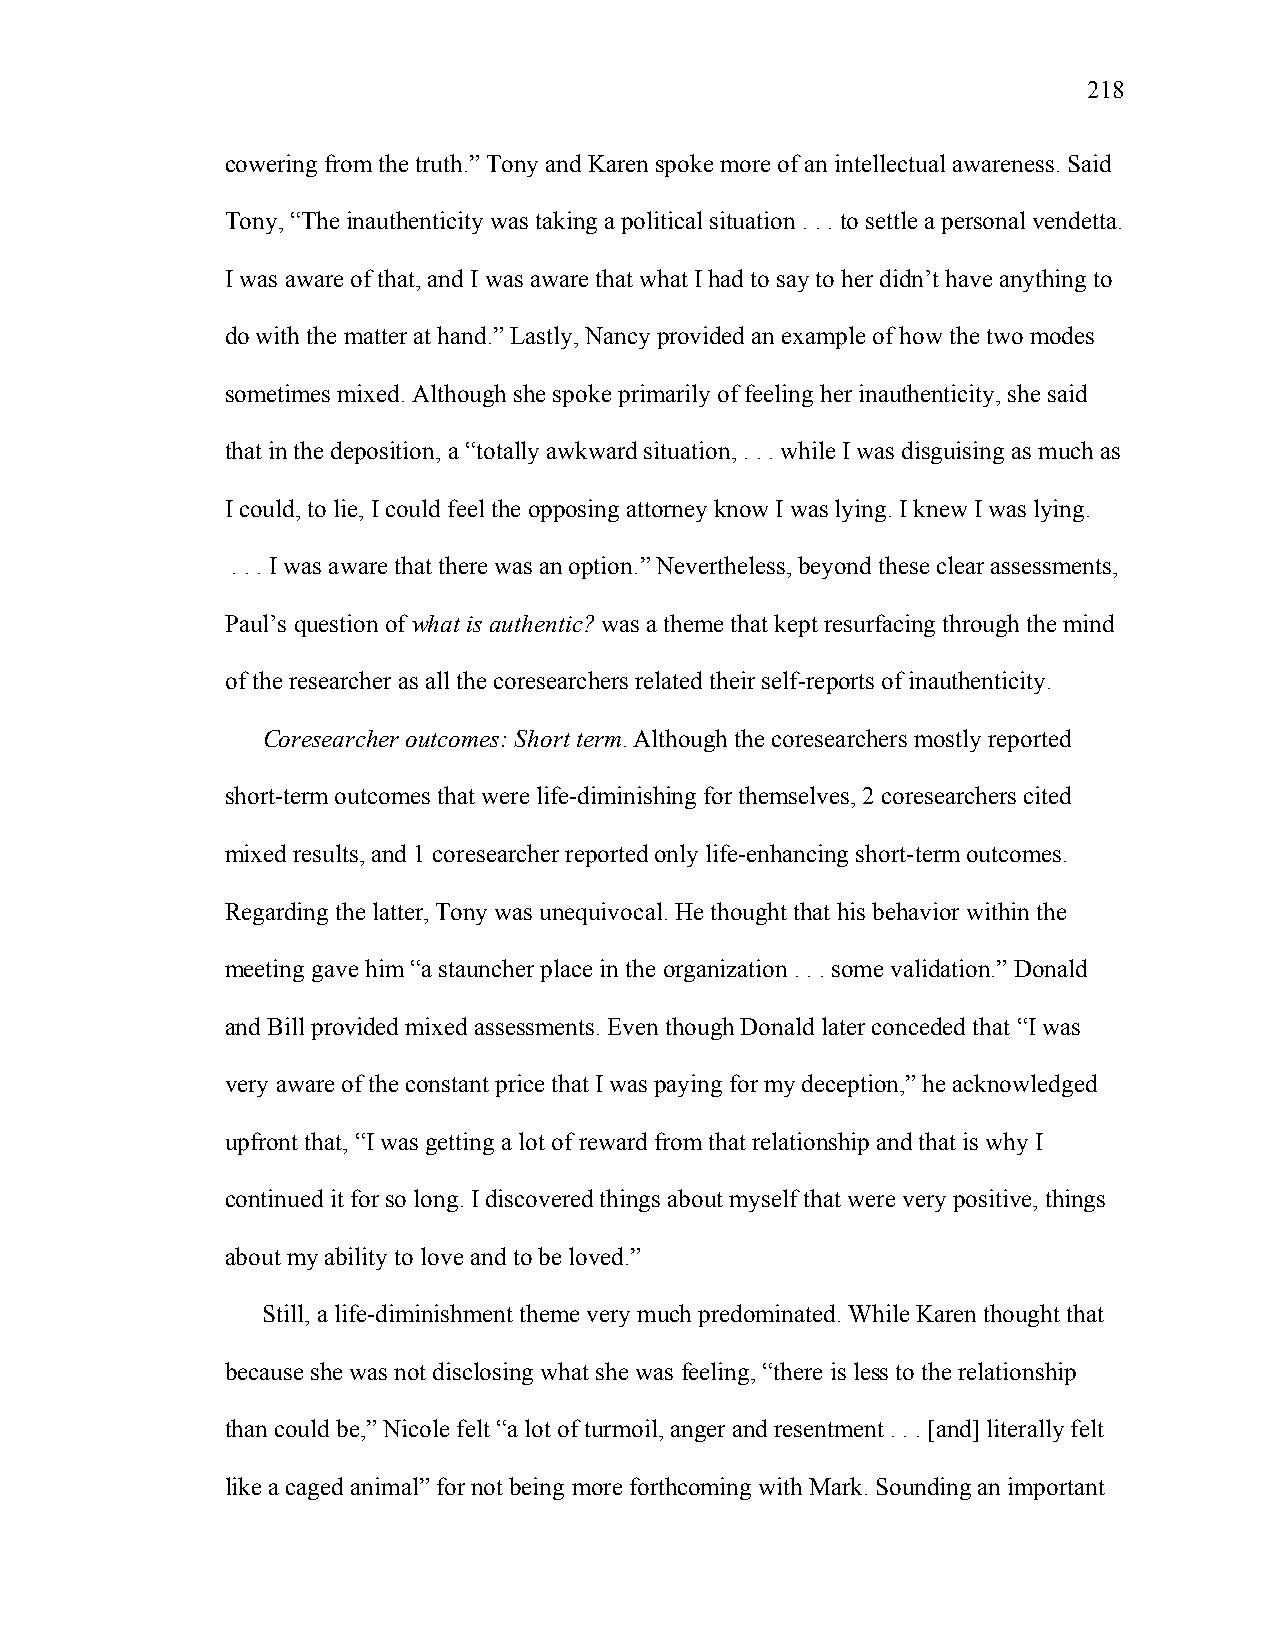
218
 cowering from the truth.” Tony and Karen spoke more of an intellectual awareness. Said
 Tony, “The inauthenticity was taking a political situation . . . to settle a personal vendetta.
 I was aware of that, and I was aware that what I had to say to her didn’t have anything to
 do with the matter at hand.” Lastly, Nancy provided an example of how the two modes
 sometimes mixed. Although she spoke primarily of feeling her inauthenticity, she said
 that in the deposition, a “totally awkward situation, . . . while I was disguising as much as
 I could, to lie, I could feel the opposing attorney know I was lying. I knew I was lying.
 . . . I was aware that there was an option.” Nevertheless, beyond these clear assessments,
 Paul’s question of what is authentic? was a theme that kept resurfacing through the mind
 of the researcher as all the coresearchers related their self-reports of inauthenticity.
 Coresearcher outcomes: Short term. Although the coresearchers mostly reported
 short-term outcomes that were life-diminishing for themselves, 2 coresearchers cited
 mixed results, and 1 coresearcher reported only life-enhancing short-term outcomes.
 Regarding the latter, Tony was unequivocal. He thought that his behavior within the
 meeting gave him “a stauncher place in the organization . . . some validation.” Donald
 and Bill provided mixed assessments. Even though Donald later conceded that “I was
 very aware of the constant price that I was paying for my deception,” he acknowledged
 upfront that, “I was getting a lot of reward from that relationship and that is why I
 continued it for so long. I discovered things about myself that were very positive, things
 about my ability to love and to be loved.”
 Still, a life-diminishment theme very much predominated. While Karen thought that
 because she was not disclosing what she was feeling, “there is less to the relationship
 than could be,” Nicole felt “a lot of turmoil, anger and resentment . . . [and] literally felt
 like a caged animal” for not being more forthcoming with Mark. Sounding an important